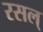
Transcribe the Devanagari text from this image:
रसल्